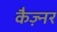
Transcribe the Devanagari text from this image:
कैज़्नर